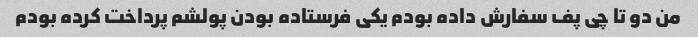
من دو تا چی پف سفارش داده بودم یکی فرستاده بودن پولشم پرداخت کرده بودم